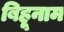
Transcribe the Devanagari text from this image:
बिहूनाम